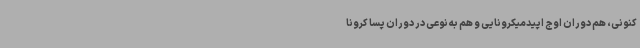
کنونی، هم دوران اوج اپیدمیکرونایی و هم به نوعی در دوران پسا کرونا